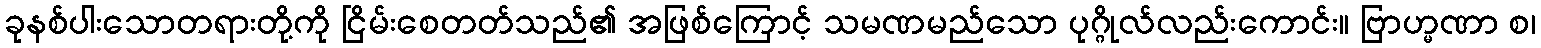
ခုနစ်ပါးသောတရားတို့ကို ငြိမ်းစေတတ်သည်၏ အဖြစ်ကြောင့် သမဏမည်သော ပုဂ္ဂိုလ်လည်းကောင်း။ ဗြာဟ္မဏာ စ၊